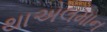
થાએલમાન